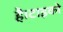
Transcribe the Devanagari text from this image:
है।टाइको